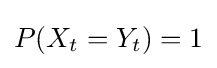
P(X_{t}=Y_{t})=1